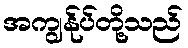
အကျွန်ုပ်တို့သည်